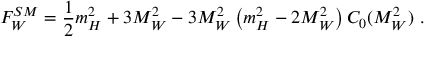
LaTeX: F _ { W } ^ { S M } = \frac { 1 } { 2 } m _ { H } ^ { 2 } + 3 M _ { W } ^ { 2 } - 3 M _ { W } ^ { 2 } \left( m _ { H } ^ { 2 } - 2 M _ { W } ^ { 2 } \right) C _ { 0 } ( M _ { W } ^ { 2 } ) \, \, .